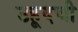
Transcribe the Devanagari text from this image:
उहूदची